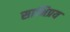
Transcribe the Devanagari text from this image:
साभिप्रय